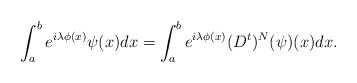
\begin{align*} \int_a^b e^{i\lambda \phi(x)}\psi(x)dx = \int_a^b e^{i\lambda \phi(x)} (D^t)^N(\psi)(x) dx.\end{align*}